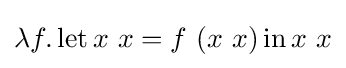
\lambda f.\operatorname {let} x\ x=f\ (x\ x)\operatorname {in} x\ x